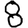
Digit: 8